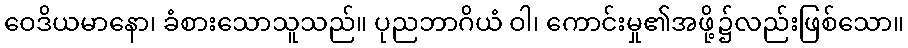
ဝေဒိယမာနော၊ ခံစားသောသူသည်။ ပုညဘာဂိယံ ဝါ၊ ကောင်းမှု၏အဖို့၌လည်းဖြစ်သော။